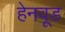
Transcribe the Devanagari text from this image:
हेनवूड